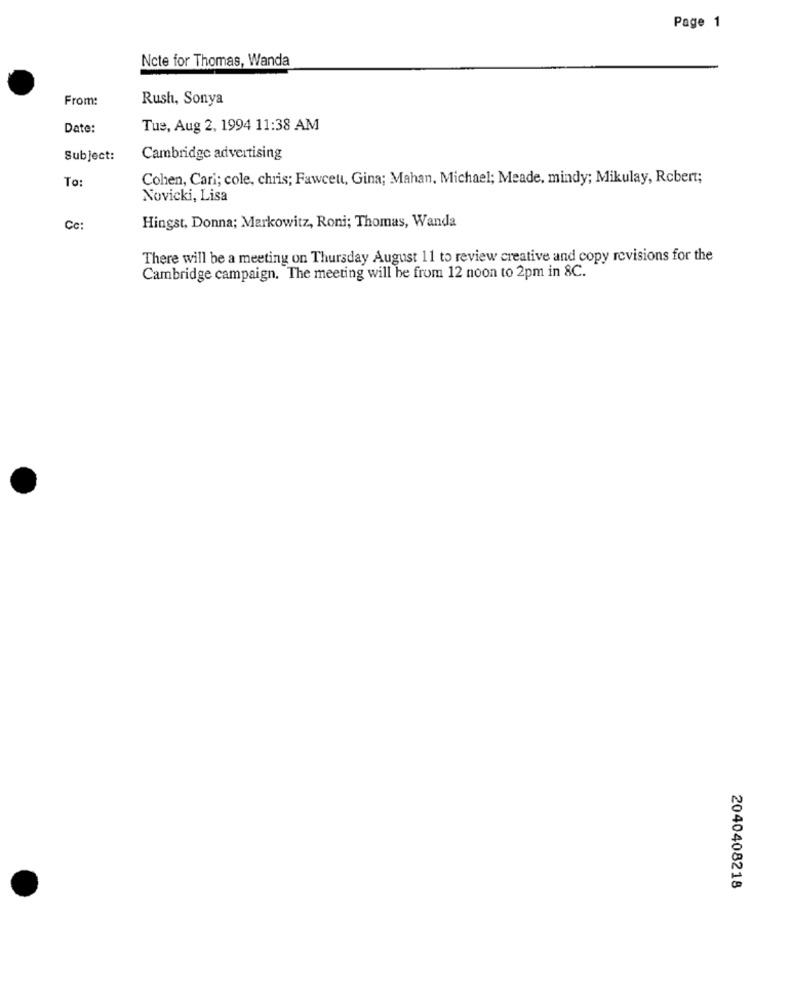
Page 1
Ncte for Thomas, Wanda
From:
Rush, Sonya
Date:
Tue, Aug 2, 1994 11:38 AM
Subject:
Cambridge advertising
To:
Cohen, Cari; cole, chris; Fawcett, Gina; Mahan, Michael; Meade, mindy; Mikulay, Robert;
Novicki, Lisa
Cc:
Hingst, Donna; Markowitz, Roni; Thomas, Wanda
There will be a meeting on Thursday August 11 to review creative and copy revisions for the
Cambridge campaign. The meeting will be from 12 noon to 2pm in 8C.
2040408218